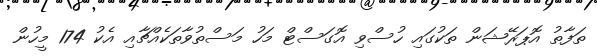
ތަފާތު އޮޕަރޭޝަން ތަކުގައި ހުސްވި އޮގަސްޓް މަހު މަސްތުވާތަކެއްޗާއި އެކު 174 މީހުން